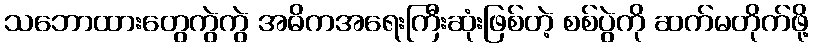
သဘောထားတွေကွဲကွဲ အဓိကအရေးကြီးဆုံးဖြစ်တဲ့ စစ်ပွဲကို ဆက်မတိုက်ဖို့